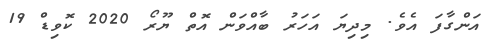
އަންގާފަ އެވެ. މިދިޔަ އަހަރު ބާއްވަން އޮތް ޔޫރޯ 2020 ކޮވިޑް 19